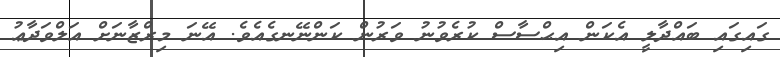
ގައިގައި ބައްދާލީ އެކަން އިޙްސާސް ކުރެވުނު ވަރުން ކަންނޭނގެއެވެ. އޭނަ މިރްޒާނަށް އަލްވަދާޢު